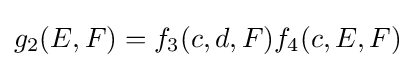
g_{2}(E,F)=f_{3}(c,d,F)f_{4}(c,E,F)